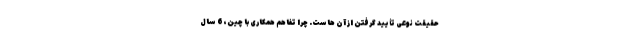
حقیقت نوعی تأیید گرفتن از آن هاست. چرا تفاهم همکاری با چین، 6 سال